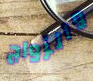
والزواج